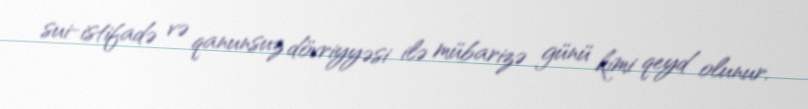
sui-istifadə və qanunsuz dövriyyəsi ilə mübarizə günü kimi qeyd olunur.